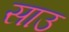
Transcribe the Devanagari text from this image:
साउ